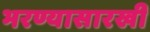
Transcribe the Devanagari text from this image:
भरण्यासारखी